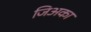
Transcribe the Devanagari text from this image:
जिअका